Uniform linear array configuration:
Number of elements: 24
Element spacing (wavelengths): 0.75
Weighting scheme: blackman
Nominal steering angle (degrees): -30
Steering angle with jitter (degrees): -28.762
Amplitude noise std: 0.05
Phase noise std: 0.05

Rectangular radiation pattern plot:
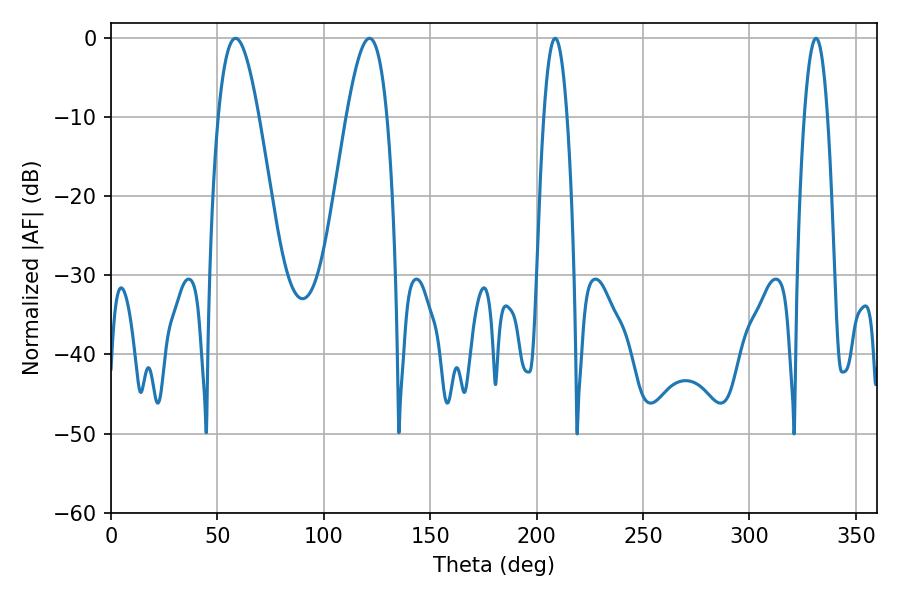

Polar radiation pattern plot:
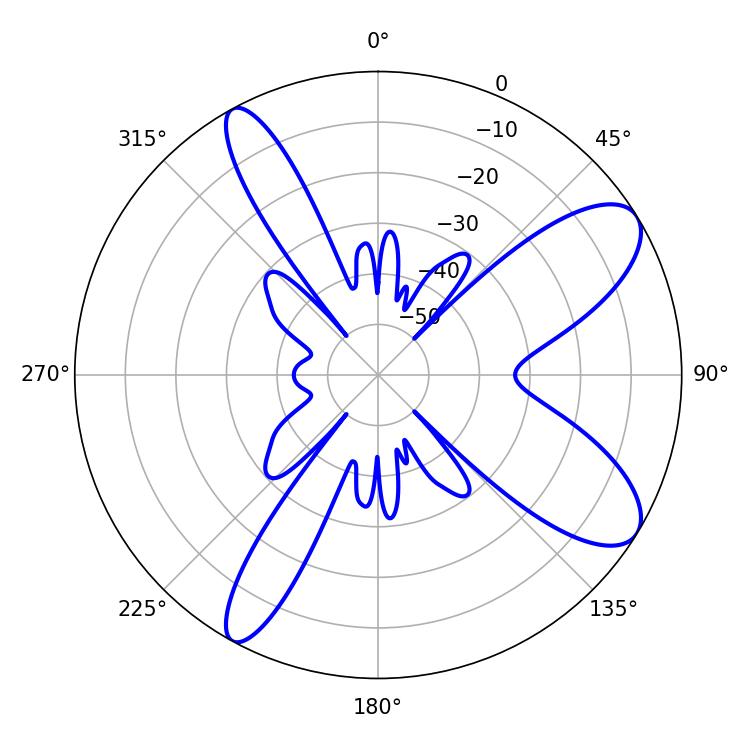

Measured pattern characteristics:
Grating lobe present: TRUE
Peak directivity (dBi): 9.431
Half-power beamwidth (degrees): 10.26
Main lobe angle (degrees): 58.5